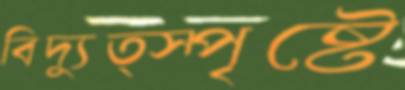
বিদ্যুত্স্পৃষ্টে